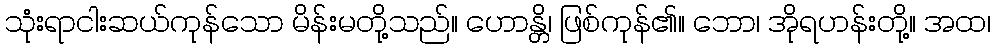
သုံးရာငါးဆယ်ကုန်သော မိန်းမတို့သည်။ ဟောန္တိ၊ ဖြစ်ကုန်၏။ ဘော၊ အိုရဟန်းတို့။ အထ၊